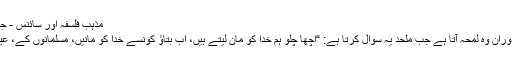
مذہب فلسفہ اور سائنس - جمعہ, 05/03/2019 - 09:15
وجود باری تعالی پر بحث کے دوران وہ لمحہ آتا ہے جب ملحد یہ سوال کرتا ہے: “اچھا چلو ہم خدا کو مان لیتے ہیں، اب بتاؤ کونسے خدا کو مانیں، مسلمانوں کے، عیسائیوں کے یا پھر ھندووں کے؟